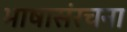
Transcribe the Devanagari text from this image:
भाषासंरचना